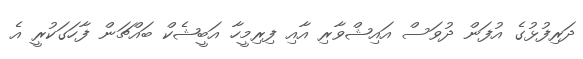
ދަރިފުޅުގެ އުފަން ދުވަސް އައިޝްވާރި އާއި ފިރިމީހާ އަބީޝެކް ބައްޗަން ފާހަގަކުރީ އެ